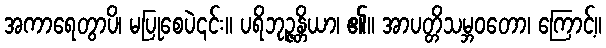
အကာရေတွာပိ၊ မပြုစေပဲ၎င်း။ ပရိဘုဉ္ဇန္တိယာ၊ ၏။ အာပတ္တိသမ္ဘဝတော၊ ကြောင့်။